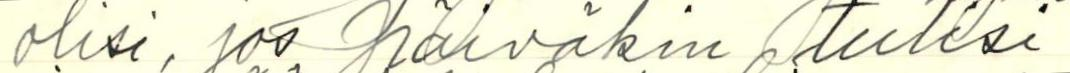
olisi, jos päiväkin tulisi